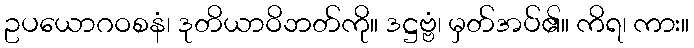
ဥပယောဂဝစနံ၊ ဒုတိယာဝိဘတ်ကို။ ဒဋ္ဌဗ္ဗံ၊ မှတ်အပ်၏။ ကိရ၊ ကား။